Madras plague regulations and rules - Volume 2
Disease focus: Plague
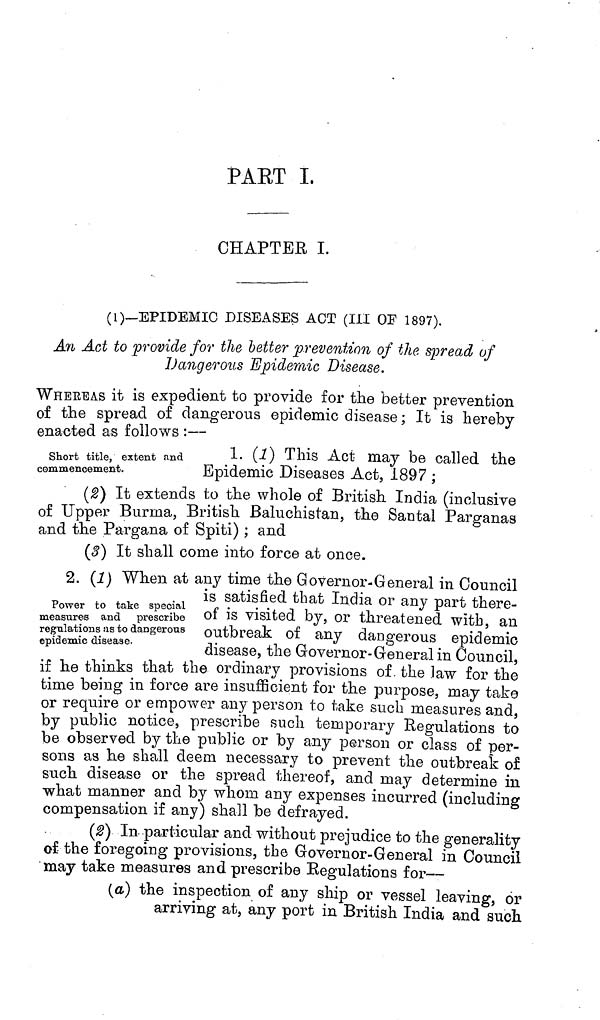
PAET I.
CHAPTER I.
(1)—EPIDEMIC DISEASES ACT (III OF 1897).
An Act to provide for the better prevention of the spread of
Dangerous Epidemic Disease.
WHEREAS it is expedient to provide for the better prevention
of the spread of dangerous epidemic disease; It is hereby
enacted as follows :—
Short title, extent and
commencement.
1. (1) This Act may be called the
Epidemic Diseases Act, 1897 ;
(2) It extends to the whole of British India (inclusive
of Upper Burma, British Baluchistan, the Santal Parganas
and the Pargana of Spiti); and
(3) It shall come into force at once.
Power to take special
measures and prescribe
regulations us to dangerous
epidemic disease
2. (1) When at any time the Governor-General in Council
is satisfied that India or any part there-
of is visited by, or threatened with, an
outbreak of any dangerous epidemic
disease, the Governor-General in Council,
if he thinks that the ordinary provisions of the law for the
time being in force are insufficient for the purpose, may take
or require or empower any person to take such measures and,
by public notice, prescribe such temporary Regulations to
be observed by the public or by any person or class of per-
sons as he shall deem necessary to prevent the outbreak of
such disease or the spread thereof, and may determine in
what manner and by whom any expenses incurred (including
compensation if any) shall be defrayed.
(2) In particular and without prejudice to the generality
of the foregoing provisions, the Governor-General in Council
may take measures and prescribe Regulations for—
(a) the inspection of any ship or vessel leaving, or
arriving at, any port in British India and such